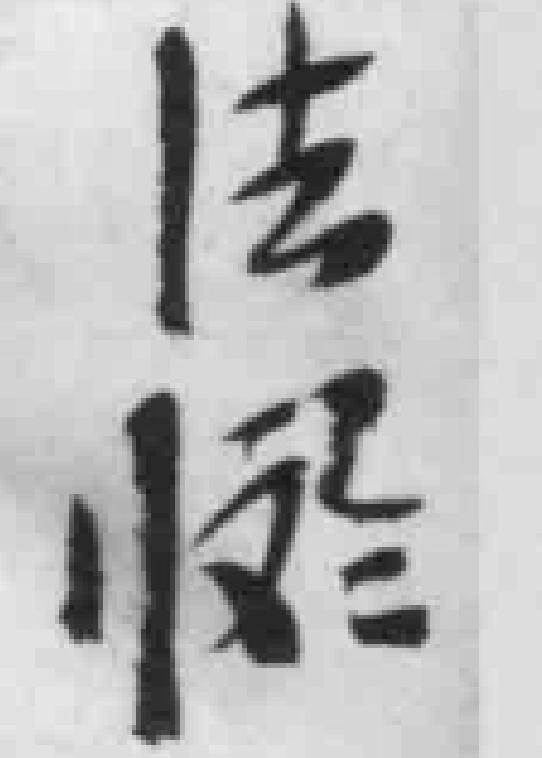
法*